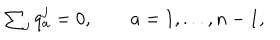
LaTeX: \begin{array} { l c r } { { \sum _ { j } q _ { a } ^ { j } = 0 , \qquad a = 1 , . . . , n - 1 , } } \\ \end{array}